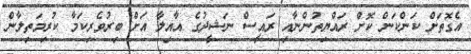
އެގޮތަށް ކަންކަން ކޮށް ރައްޔިތުންނާއި ރައީސް ނަޝީދުގެ އާއިލާ އަށް ބިރުވެރިކަމާ ކުރިމަތިލާން